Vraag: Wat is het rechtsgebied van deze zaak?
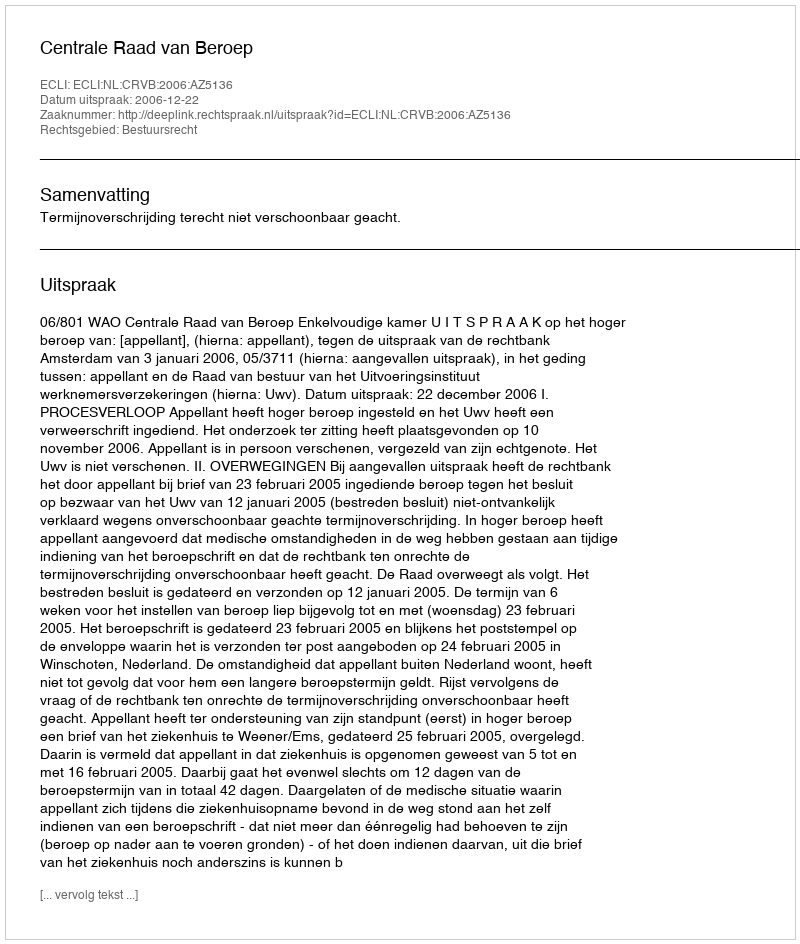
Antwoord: Bestuursrecht